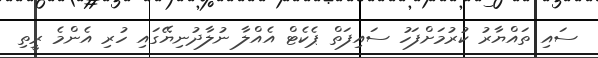
ސައި ތައްޔާރު ކުރުމަށްފަހު ސައިފަތް ޕެކެޓް އެއްލާ ނުލާދުނިޔޭގައި ހުރި އެންމެ ރީތި